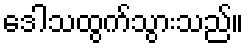
ဒေါသထွက်သွားသည်။